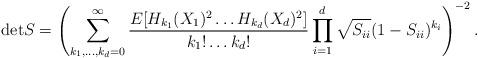
LaTeX: \begin{align*}{\rm det} S = \left(\sum_{k_1,\ldots,k_d=0}^\infty \frac{E[H_{k_1}(X_1)^2\ldots H_{k_d}(X_d)^2]}{k_1!\ldots k_d!}\prod_{i=1}^d \sqrt{S_{ii}}(1-S_{ii})^{k_i}\right)^{-2}.\end{align*}